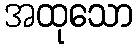
အထုသော